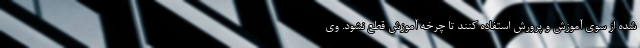
شده از سوی آموزش و پرورش استفاده کنند تا چرخه آموزش قطع نشود. وی